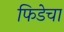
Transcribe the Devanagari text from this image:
फिडेचा